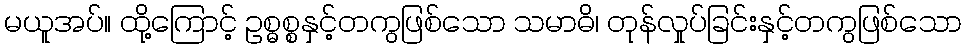
မယူအပ်။ ထို့ကြောင့် ဥစ္ဓစ္စနှင့်တကွဖြစ်သော သမာဓိ၊ တုန်လှုပ်ခြင်းနှင့်တကွဖြစ်သော